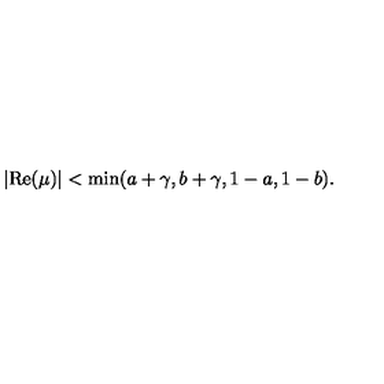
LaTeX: \left| \mathrm { R e } ( \mu ) \right| < \min ( a + \gamma , b + \gamma , 1 - a , 1 - b ) .